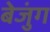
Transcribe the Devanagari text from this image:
बेजुंग